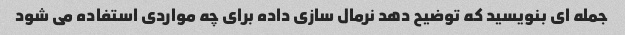
جمله ای بنویسید که توضیح دهد نرمال سازی داده برای چه مواردی استفاده می شود